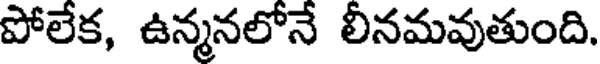
పోలేక, ఉన్మనలోనే లీనమవుతుంది.